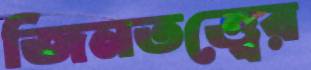
জিনতত্ত্বের